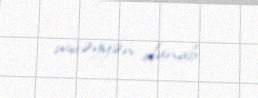
müəyyən olunub.